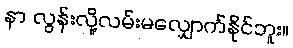
နာ လွန်းလို့လမ်းမလျှောက်နိုင်ဘူး။